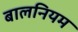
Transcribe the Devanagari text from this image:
बालनियम